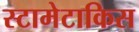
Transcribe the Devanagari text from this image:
स्टामेटाकिस